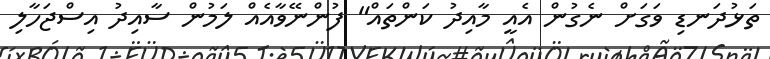
ތަޅުދަނޑި ވަގަށް ނެގުން އެއީ މާއިދު ކަންތައް" ފުންނޭވާއެއް ލަމުން ސާއިދު އިސްޖަހާލި